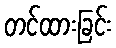
တင်ထားခြင်း